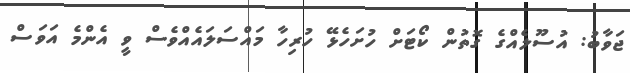
ޖަވާބު: އުސޫލެއްގެ ގޮތުން ކޯޓަށް ހުށަހެޅޭ ހުރިހާ މައްސަލައެއްވެސް ވީ އެންމެ އަވަސް